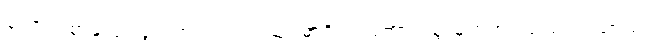
ကောင်းစွာနှလုံးသွင်းအပ်သည်။ သူပဓာရိတံ၊ ကောင်းစွာမှတ်အပ်သည်။ ပညာယ၊